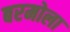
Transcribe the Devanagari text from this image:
बरमोला